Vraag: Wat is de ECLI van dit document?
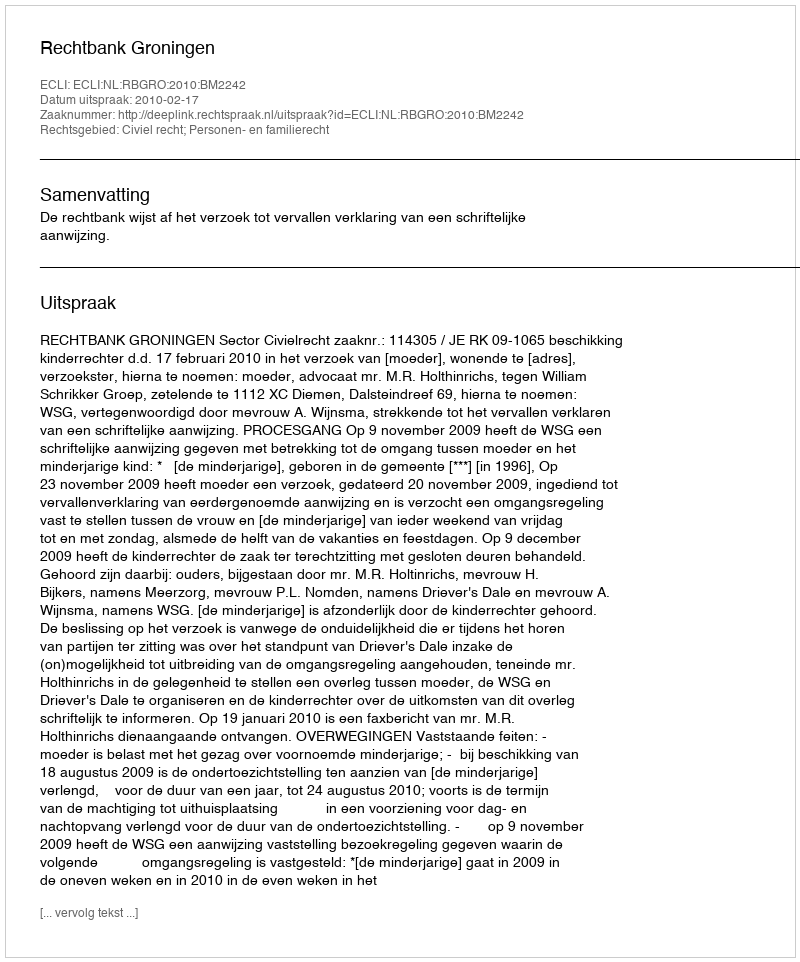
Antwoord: ECLI:NL:RBGRO:2010:BM2242